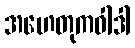
အဟေတုကဝါဒါ